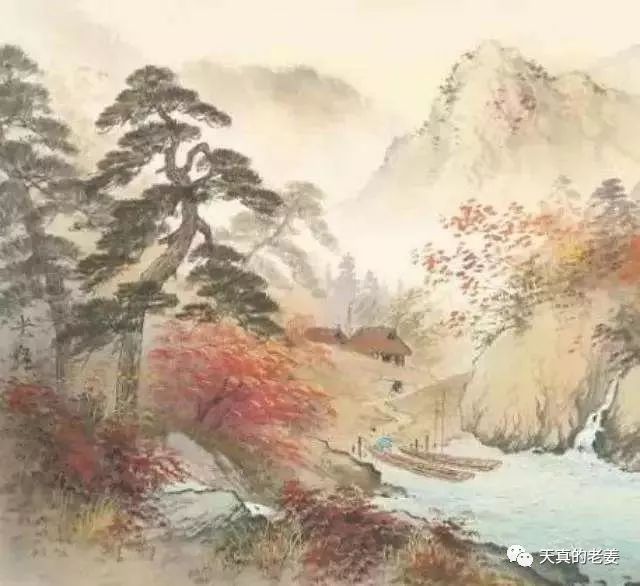
酒入愁肠，化作相思泪。